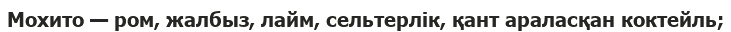
Мохито — ром, жалбыз, лайм, сельтерлік, қант араласқан коктейль;